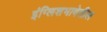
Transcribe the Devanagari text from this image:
इंग्लिशभाषेतील